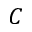
C